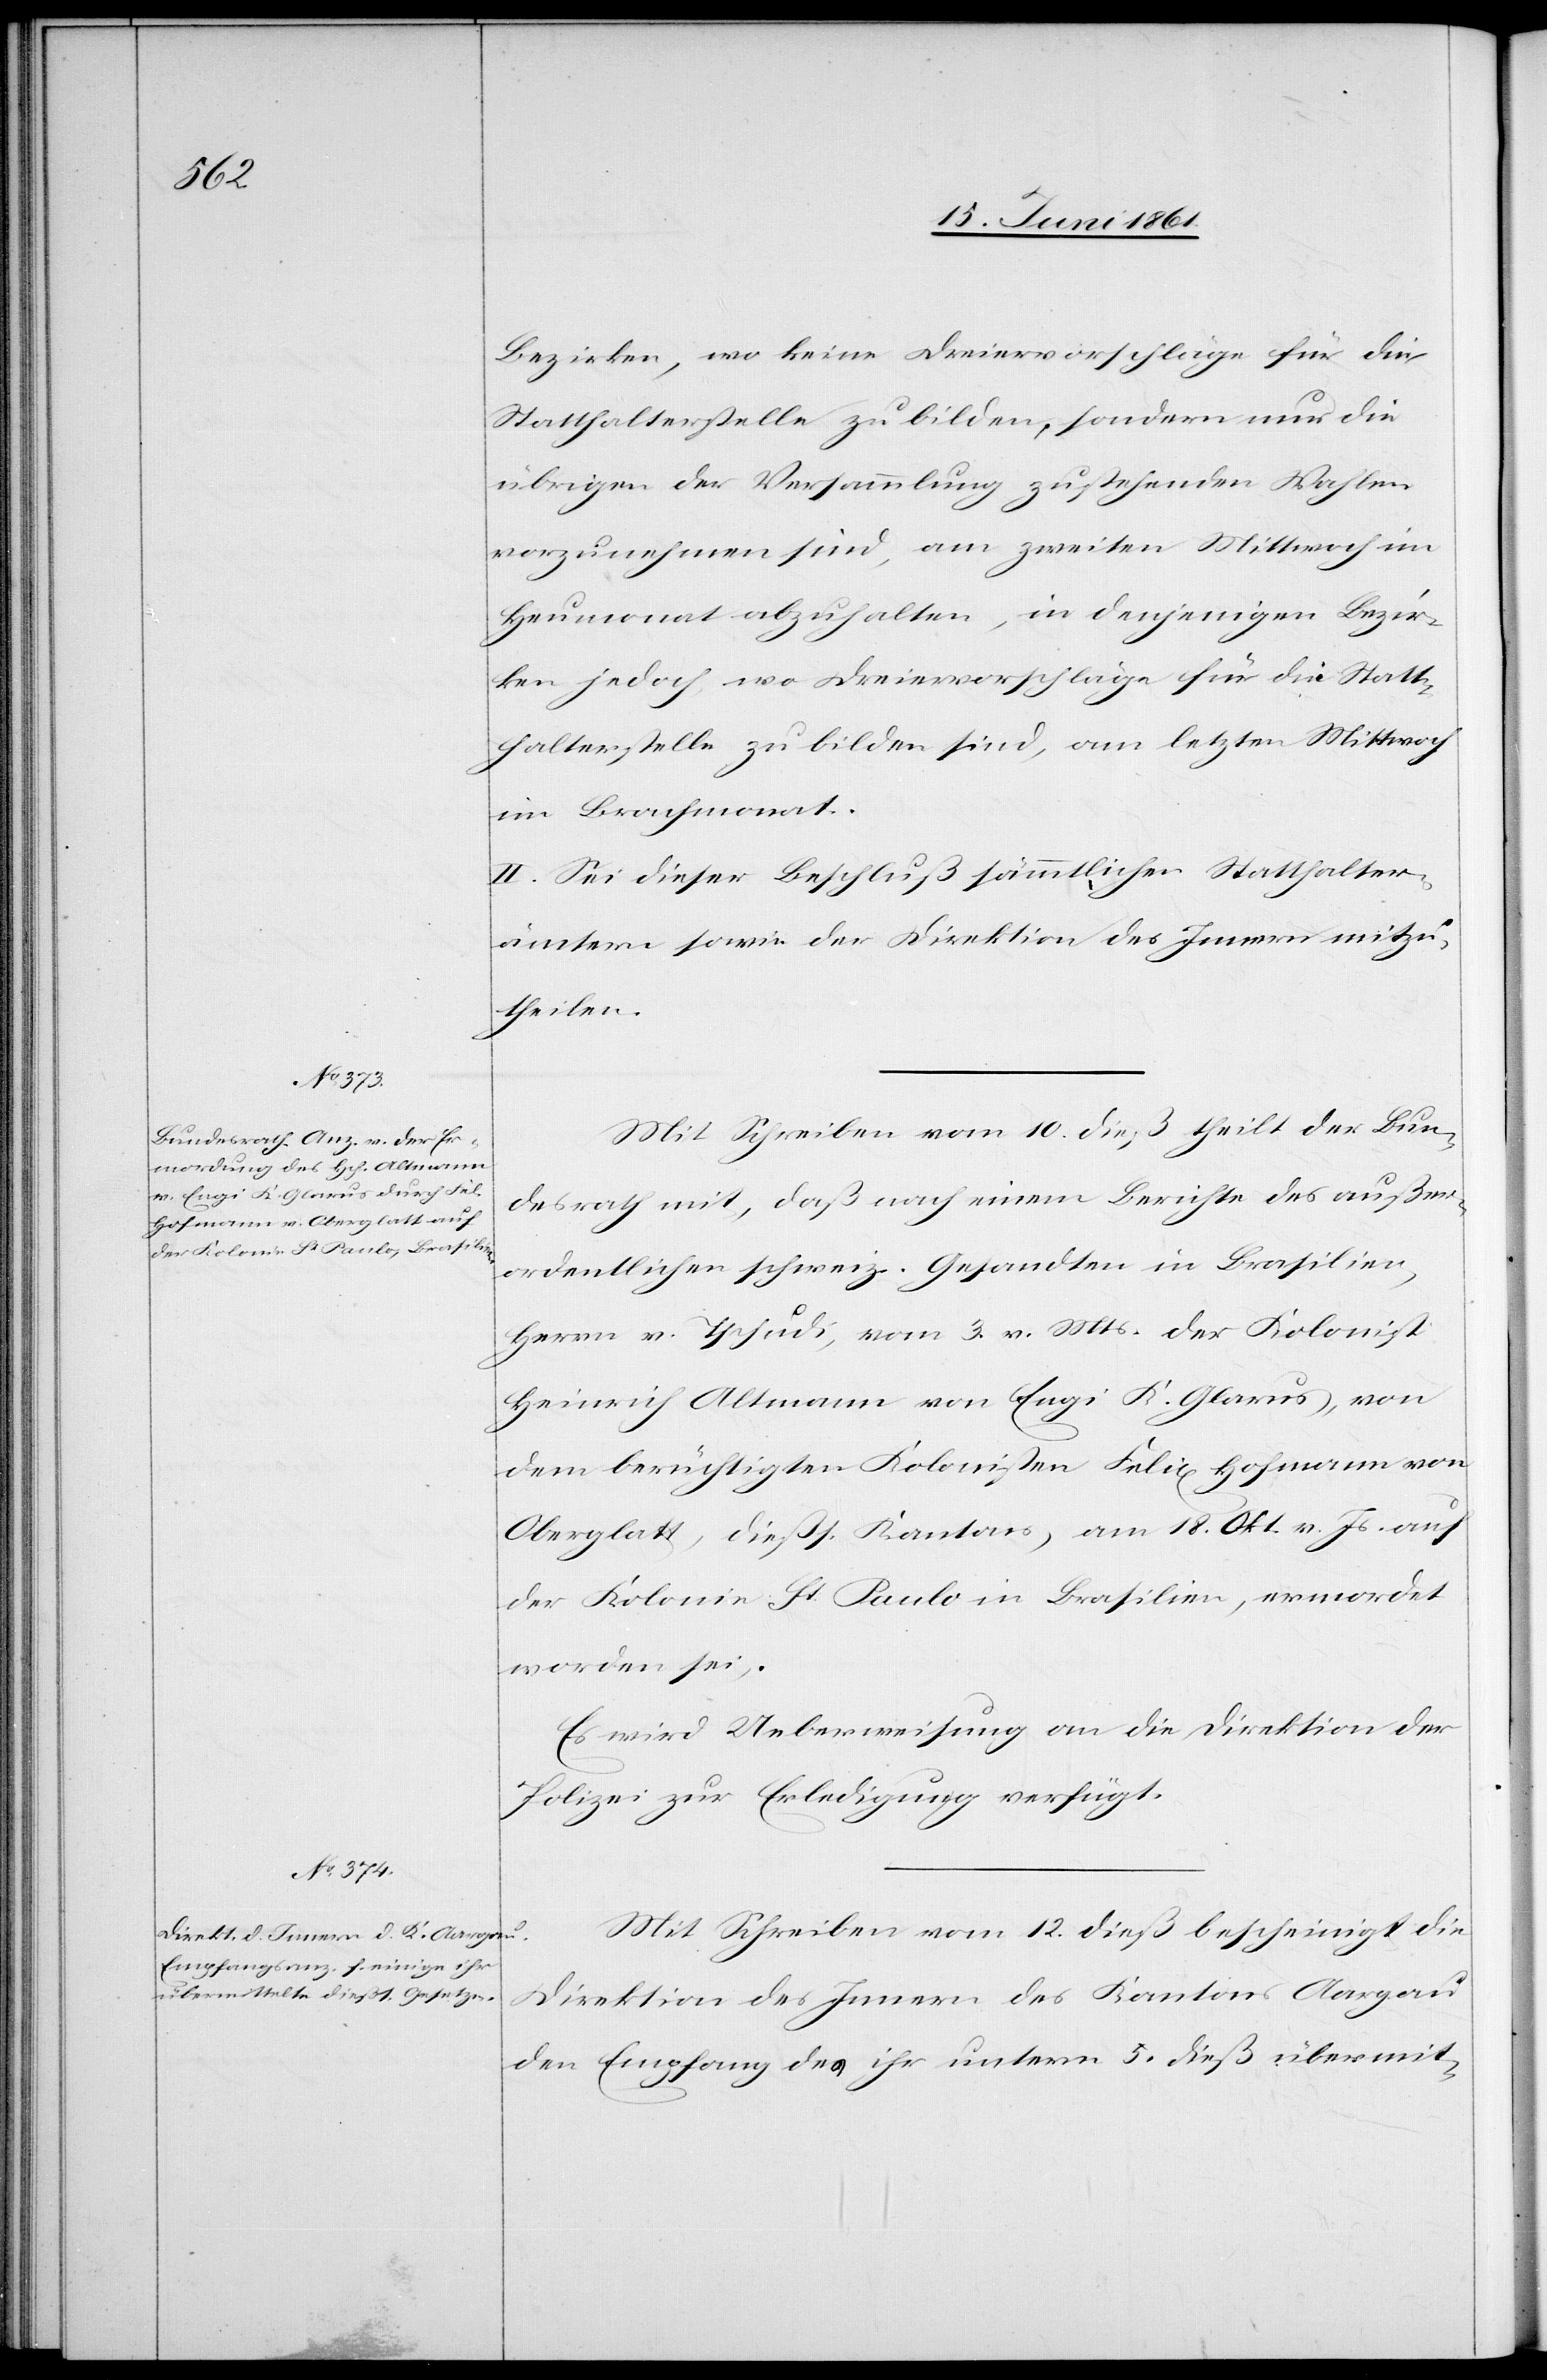
Bezirken, wo keine Dreiervorschläge für die
Statthalterstelle zu bilden, sondern nur die
übrigen der Versammlung zustehenden Wahlen
vorzunehmen sind, am zweiten Mittwoch im
Heumonat abzuhalten, in denjenigen Bezir¬
ken jedoch, wo Dreiervorschläge für die Statt¬
halterstelle zu bilden sind, am letzten Mittwoch
im Brachmonat.
II. Sei dieser Beschluß sämmtlichen Statthalter¬
ämtern sowie der Direktion des Innern mitzu¬
theilen.
Mit Schreiben vom 10. dieß theilt der Bun¬
desrath mit, daß nach einem Berichte des außer¬
ordentlichen schweiz. Gesandten in Brasilien,
Herrn v. Tschudi, vom 3. v. Mts. der Kolonist
Heinrich Altmann von Engi K. Glarus, von
dem berüchtigten Kolonisten Felix Hofmann von
Oberglatt, dießs. Kantons, am 18. Okt. v. Js. auf
der Kolonie St. Paulo in Brasilien, ermordet
worden sei.
Es wird Ueberweisung an die Direktion der
Polizei zur Erledigung verfügt.
Mit Schreiben vom 12. dieß bescheinigt die
Direktion des Innern des Kantons Aargau
den Empfang des ihr unterm 5. dieß übermit-